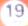
19